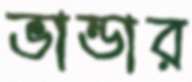
ভান্ডার